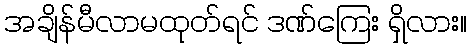
အချိန်မီလာမထုတ်ရင် ဒဏ်ကြေး ရှိလား။